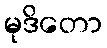
မုဒိတော